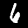
Digit: 6